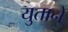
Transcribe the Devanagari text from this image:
युताने